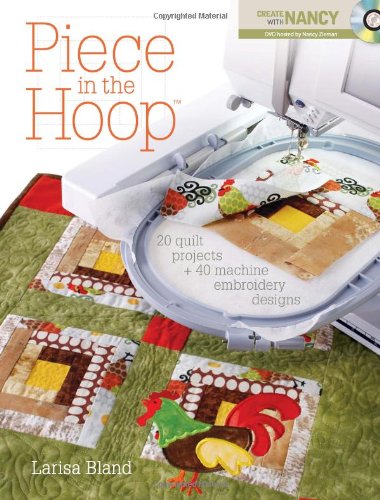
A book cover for Piece in the Hoop: 20 Quilt Projects + 40 Machine Embroidery Designs; Larisa Bland; Crafts, Hobbies & Home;